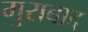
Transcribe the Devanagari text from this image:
मुराबाद